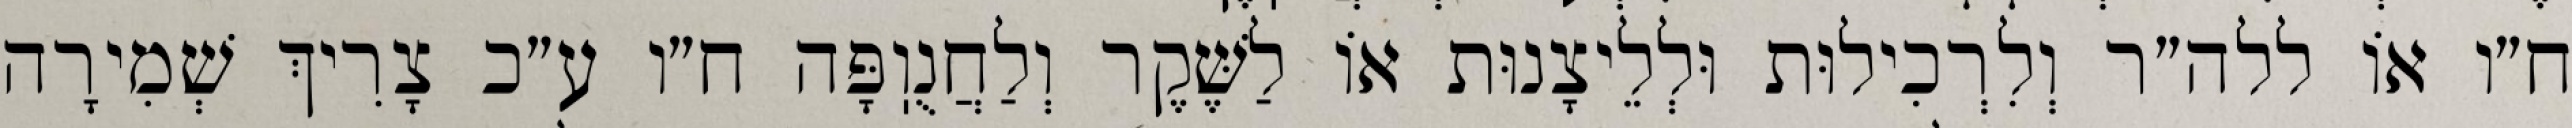
ח״ו אוֹ ללה״ר וְלִרְכִילוּת וּלְלֵיצָנוּת אוֹ לַשֶּׁקֶר וְלַחֲנֻוֽפָּה ח״ו ע״כ צָרִיךְ שְׁמִירָה